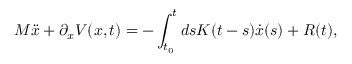
M \ddot { x } + \partial _ { x } V ( x , t ) = - \int _ { t _ { 0 } } ^ { t } d s K ( t - s ) \dot { x } ( s ) + R ( t ) ,